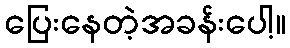
ပြေးနေတဲ့အခန်းပေါ့။